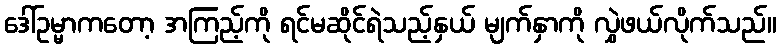
ဒေါ်ဥမ္မာကတော့ အကြည့်ကို ရင်မဆိုင်ရဲသည့်နှယ် မျက်နှာကို လွှဲဖယ်လိုက်သည်။